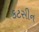
કટસીન